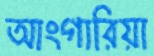
আংগারিয়া